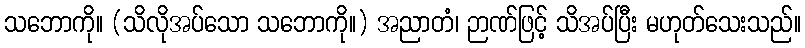
သဘောကို။ (သိလိုအပ်သော သဘောကို။) အညာတံ၊ ဉာဏ်ဖြင့် သိအပ်ပြီး မဟုတ်သေးသည်။